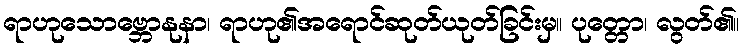
ရာဟုသောဗ္ဘောနုနာ၊ ရာဟု၏အရောင်ဆုတ်ယုတ်ခြင်းမှ။ ပုတ္တော၊ လွတ်၏။